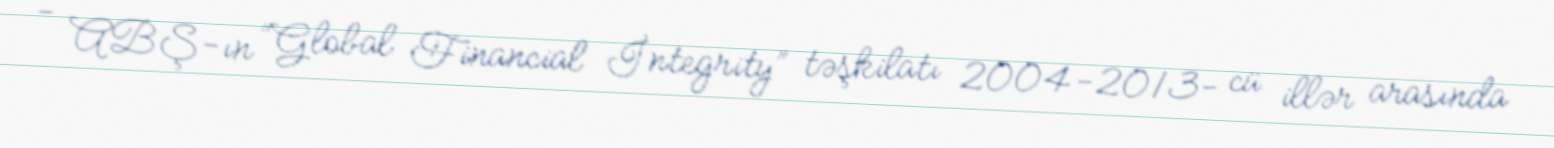
- ABŞ-ın “Global Financial İntegrity” təşkilatı 2004-2013- cü illər arasında